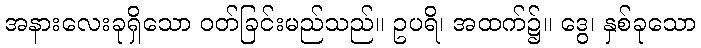
အနားလေးခုရှိသော ဝတ်ခြင်းမည်သည်။ ဥပရိ၊ အထက်၌။ ဒွေ၊ နှစ်ခုသော